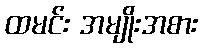
ထမင်း အမျိုးအစား